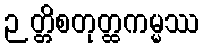
ဉတ္တိစတုတ္ထကမ္မဿ